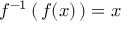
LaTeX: f ^ { - 1 } \left( \, f ( x ) \, \right) = x